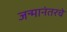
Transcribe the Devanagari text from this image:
जन्मानंतरचे